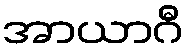
အာယာဂီ